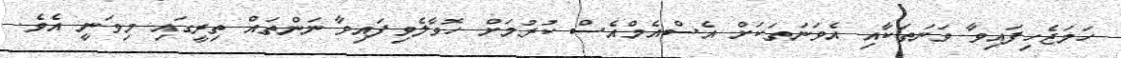
ހަމަޖެހިފައިވާ ވަނަތަކާއި އެވަނަތަކަށް އެސްއެމްއެސް ކުރުމަށް ހޮވާލެވިފައިވާ ނަންތައް ތިރީގައި މިވަނީ އެވެ.